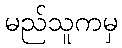
မည်သူကမှ